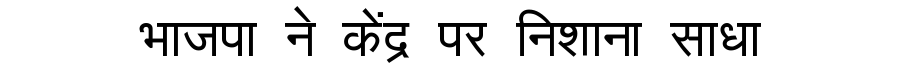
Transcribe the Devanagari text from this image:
भाजपा ने केंद्र पर निशाना साधा